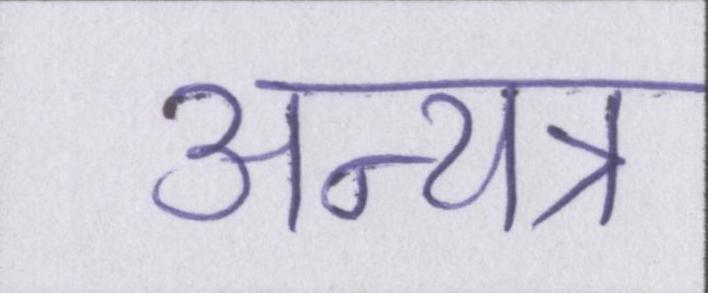
अन्यत्र